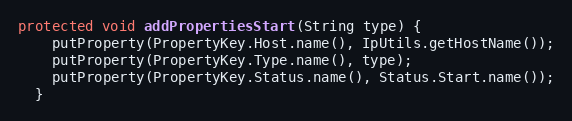
Language: Java
protected void addPropertiesStart(String type) {
    putProperty(PropertyKey.Host.name(), IpUtils.getHostName());
    putProperty(PropertyKey.Type.name(), type);
    putProperty(PropertyKey.Status.name(), Status.Start.name());
  }